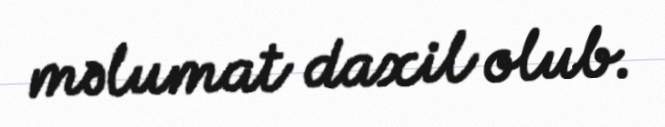
məlumat daxil olub.